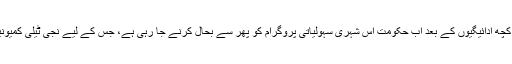
ذرائع کے مطابق واجب الاادا رقم کی کچھ ادائیگیوں کے بعد اب حکومت اس شہری سہولیاتی پروگرام کو پھر سے بحال کرنے جا رہی ہے، جس کے لیے نجی ٹیلی کمیونیکشن کمپنیوں سے رابطے جاری ہیں۔